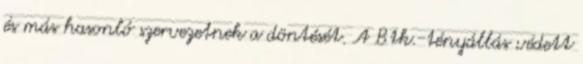
és más hasonló szervezetnek a döntését. A Btk.-tényállás védett